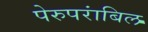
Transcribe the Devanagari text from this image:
पेरुपरांबिल